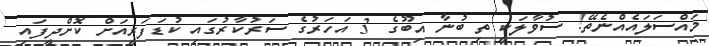
މައްސަލައެއްނެތޭ! ސުވާލަކީ ތި ބުނާ އިބޫގެ 3 އަހަރުގެ ސަރުކާރުގައި ކުޑަފަރީއަށް ކޮށްދީފައި